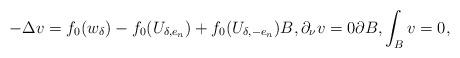
LaTeX: \begin{align*}-\Delta v=f_0(w_\delta)-f_0(U_{\delta,e_n})+f_0(U_{\delta,-e_n}) {B},\partial_\nu v=0 \partial {B},\int_{B} v=0,\end{align*}